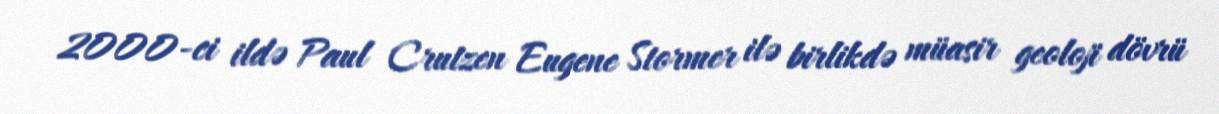
2000-ci ildə Paul Crutzen Eugene Stormer ilə birlikdə müasir geoloji dövrü